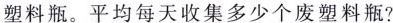
塑料瓶。平均每天手机多少个废塑料瓶